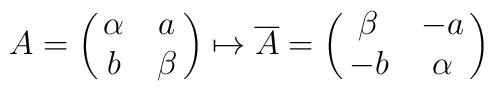
A=\left(\matrix{\alpha & a\cr                b & \beta \cr}\right) \mapsto \overline{A}=\left( \matrix{\beta & -a \cr                        -b & \alpha \cr}\right)